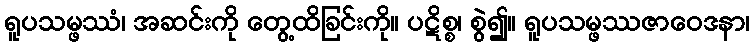
ရူပသမ္ဖဿံ၊ အဆင်းကို တွေ့ထိခြင်းကို။ ပဋိစ္စ၊ စွဲ၍။ ရူပသမ္ဖဿဇာဝေဒနာ၊